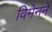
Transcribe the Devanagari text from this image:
विमेनने